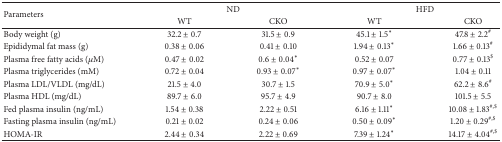
<table><thead><tr><td rowspan="2"><b>Parameters </b></td><td colspan="2"><b>ND</b></td><td colspan="2"><b>HFD</b></td></tr><tr><td><b>WT</b></td><td><b>CKO</b></td><td><b>WT</b></td><td><b>CKO</b></td></tr></thead><tbody><tr><td>Body weight (g)</td><td>32.2 ± 0.7</td><td>31.5 ± 0.9</td><td>45.1 ± 1.5<sup><i>∗</i></sup></td><td>47.8 ± 2.2<sup>#</sup></td></tr><tr><td>Epididymal fat mass (g)</td><td>0.38 ± 0.06</td><td>0.41 ± 0.10</td><td>1.94 ± 0.13<sup><i>∗</i></sup></td><td>1.66 ± 0.13<sup>#</sup></td></tr><tr><td>Plasma free fatty acids (<i>μ</i>M)</td><td>0.47 ± 0.02</td><td>0.6 ± 0.04<sup><i>∗</i></sup></td><td>0.52 ± 0.07</td><td>0.77 ± 0.13<sup>$</sup></td></tr><tr><td>Plasma triglycerides (mM)</td><td>0.72 ± 0.04</td><td>0.93 ± 0.07<sup><i>∗</i></sup></td><td>0.97 ± 0.07<sup><i>∗</i></sup></td><td>1.04 ± 0.11</td></tr><tr><td>Plasma LDL/VLDL (mg/dL)</td><td>21.5 ± 4.0</td><td>30.7 ± 1.5</td><td>70.9 ± 5.0<sup><i>∗</i></sup></td><td>62.2 ± 8.6<sup>#</sup></td></tr><tr><td>Plasma HDL (mg/dL)</td><td>89.7 ± 6.0</td><td>95.7 ± 4.9</td><td>90.7 ± 8.0</td><td>101.5 ± 5.5</td></tr><tr><td>Fed plasma insulin (ng/mL)</td><td>1.54 ± 0.38</td><td>2.22 ± 0.51</td><td>6.16 ± 1.11<sup><i>∗</i></sup></td><td>10.08 ± 1.83<sup>#,$</sup></td></tr><tr><td>Fasting plasma insulin (ng/mL)</td><td>0.21 ± 0.02</td><td>0.24 ± 0.06</td><td>0.50 ± 0.09<sup><i>∗</i></sup></td><td>1.20 ± 0.29<sup>#,$</sup></td></tr><tr><td>HOMA-IR</td><td>2.44 ± 0.34</td><td>2.22 ± 0.69</td><td>7.39 ± 1.24<sup><i>∗</i></sup></td><td>14.17 ± 4.04<sup>#,$</sup></td></tr></tbody></table>